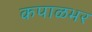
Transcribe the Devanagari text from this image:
कपाळभर